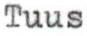
Tuus